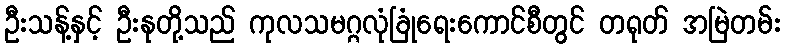
ဦးသန့်နှင့် ဦးနုတို့သည် ကုလသမဂ္ဂလုံခြုံရေးကောင်စီတွင် တရုတ် အမြဲတမ်း